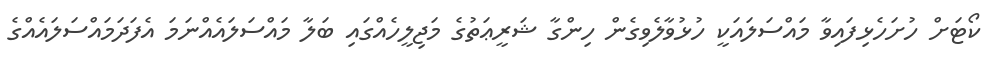
ކޯޓަށް ހުށަހެޅިފައިވާ މައްސަލައަކީ ހުޅުވާލެވިގެން ހިންގާ ޝަރީޢަތުގެ މަޖިލީހެއްގައި ބަލާ މައްސަލައެއްނަމަ އެފަދަމައްސަލައެއްގެ